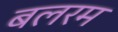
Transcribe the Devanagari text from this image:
बलरम